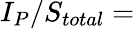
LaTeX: I_{P}/S_{total}=